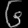
Digit: ၆